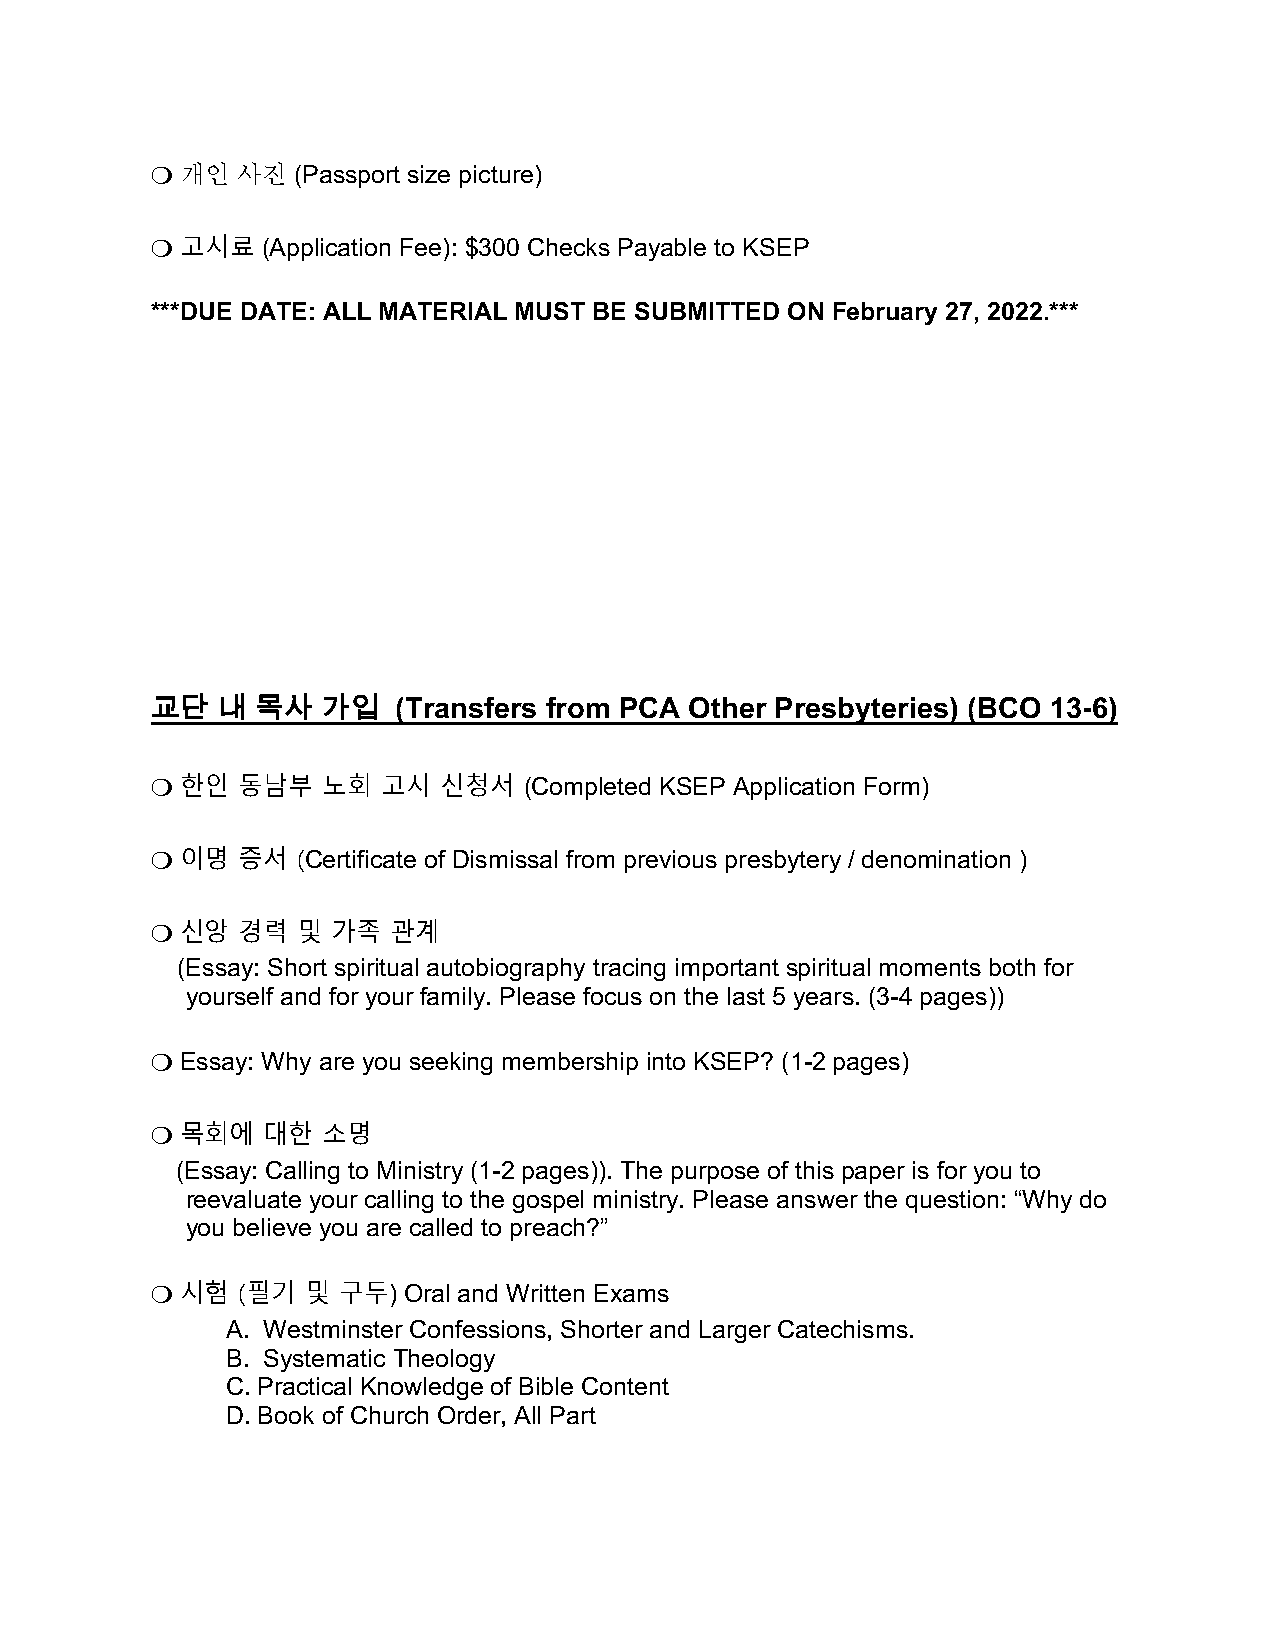
!"개인"사진"(Passport size picture)
 !"고시료"(Application Fee): $300 Checks Payable to KSEP
 ***DUE DATE: ALL MATERIAL MUST BE SUBMITTED ON February 27, 2022.***!
 !
 !
 !
 !
 !
 !
 !
 ’(!+!"#!)*!     (Transfers from PCA Other Presbyteries) (BCO 13-6)
 !"한인  동남부  노회  고시  신청서   (Completed KSEP Application Form)
 !"이명  증서  (Certificate of Dismissal from previous presbytery / denomination )
 !"신앙  경력  및 가족  관계
 (Essay: Short spiritual autobiography tracing important spiritual moments both for
 yourself and for your family. Please focus on the last 5 years. (3-4 pages))
 !"Essay: Why are you seeking membership into KSEP? (1-2 pages)
 !"목회에  대한  소명
 "(Essay: Calling to Ministry (1-2 pages)). The purpose of this paper is for you to
 reevaluate your calling to the gospel ministry. Please answer the question: “Why do
 you believe you are called to preach?”
 !"시험  (필기 및 구두)  Oral and Written Exams
 A. Westminster Confessions, Shorter and Larger Catechisms.
 B. Systematic Theology
 C. Practical Knowledge of Bible Content
 D. Book of Church Order, All Part